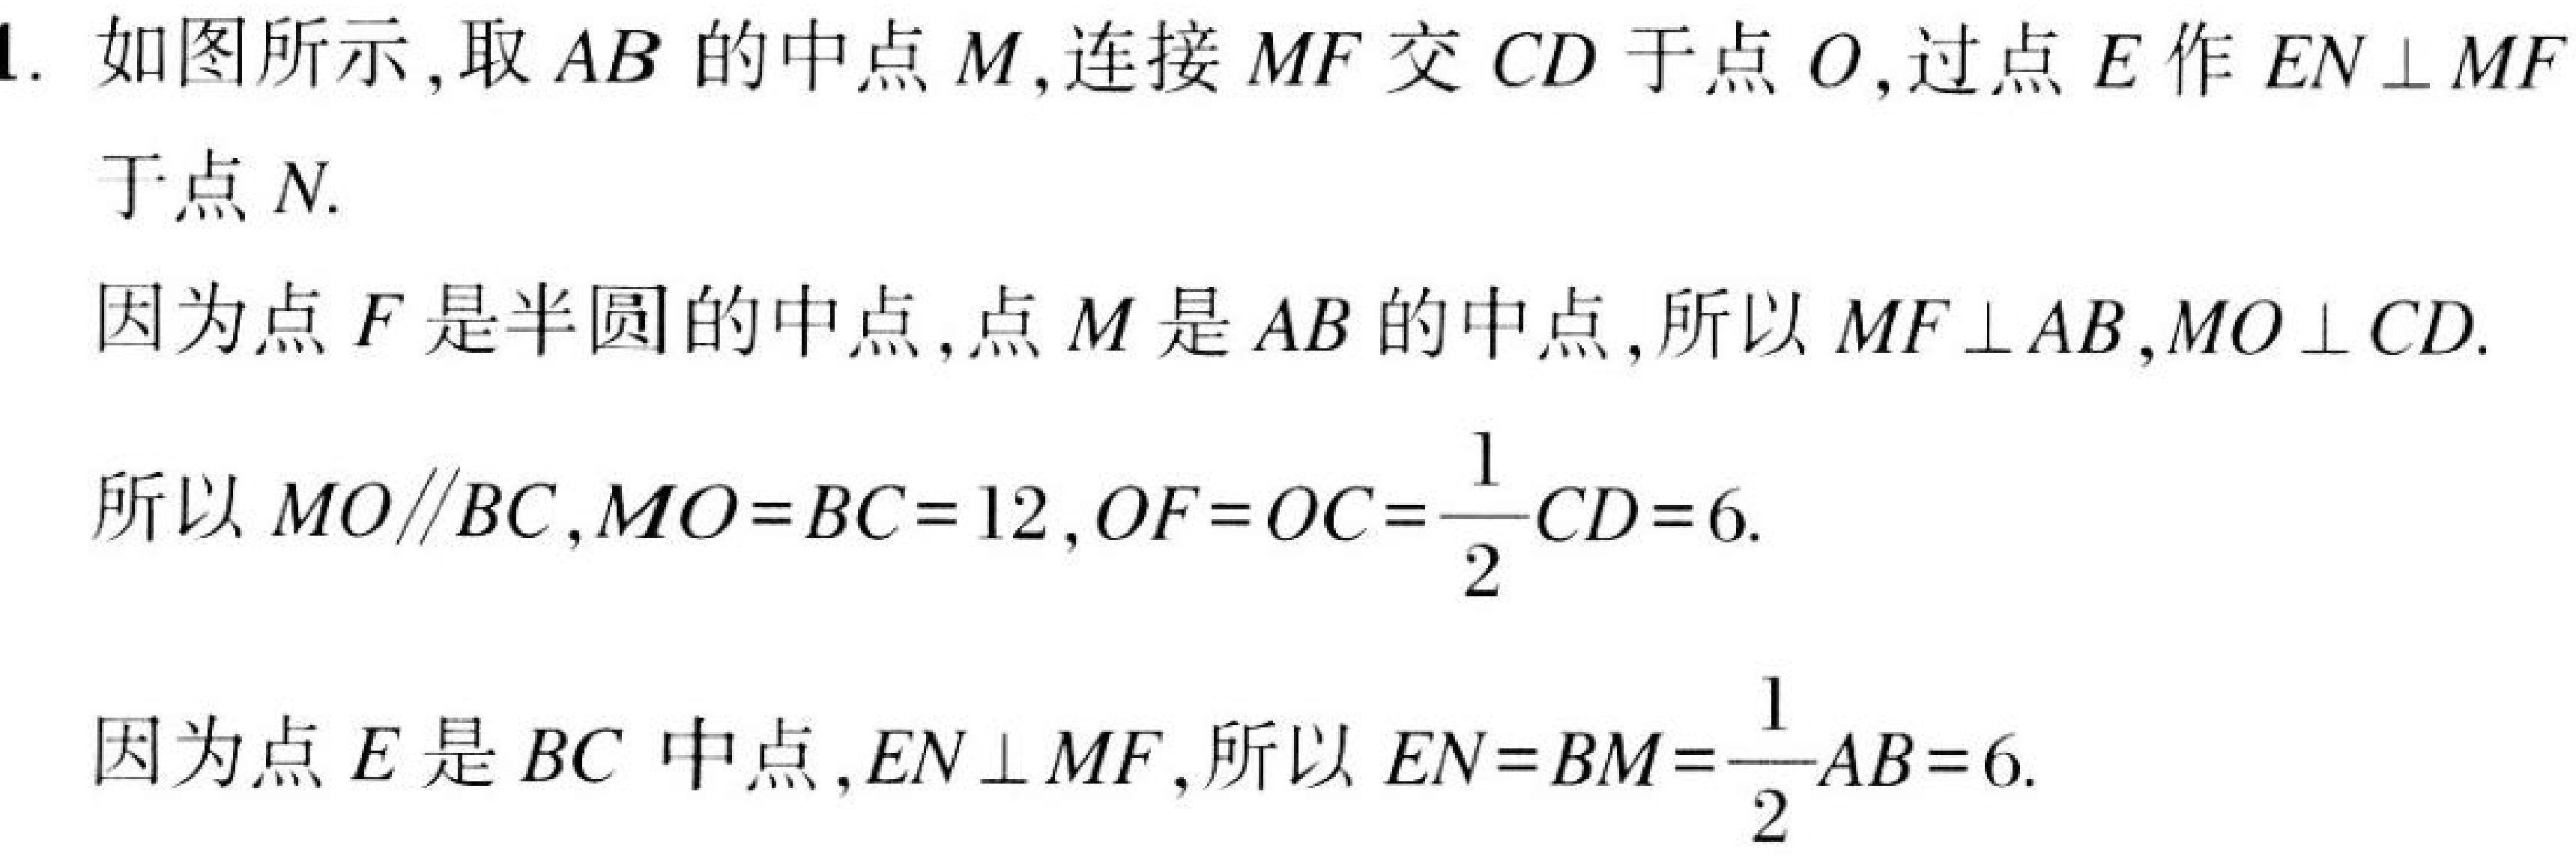
1. 如图所示,取 \(AB\) 的中点 \(M\),连接 \(MF\) 交 \(CD\) 于点 \(O\),过点 \(E\) 作 \(EN\perp MF\) 于点 \(N\).
因为点 \(F\) 是半圆的中点,点 \(M\) 是 \(AB\) 的中点,所以 \(MF\perp AB,MO\perp CD\).
所以 \(MO\parallel BC,MO = BC = 12,OF = OC=\frac{1}{2}CD = 6\).
因为点 \(E\) 是 \(BC\) 中点,\(EN\perp MF\),所以 \(EN = BM=\frac{1}{2}AB = 6\).